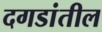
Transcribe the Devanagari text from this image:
दगडांतील